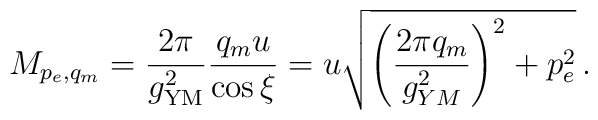
M_{p_e,q_m} = {2\pi\over g^2_{\rm YM}} {q_m u\over \cos\xi}=u \sqrt{ \left( \frac{2\pi q_m}{g^2_{YM}}\right)^2 +p_e^2}\, .